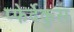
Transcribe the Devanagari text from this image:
प्फेर्देकुस